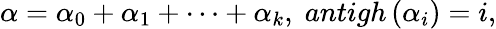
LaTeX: \alpha=\alpha_{0}+\alpha_{1}+\cdots+\alpha_{k},\; antigh\left(\alpha_{i}\right)=i,